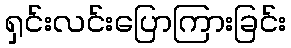
ရှင်းလင်းပြောကြားခြင်း